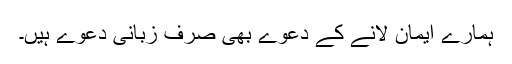
ہمارے ایمان لانے کے دعوے بھی صرف زبانی دعوے ہیں۔